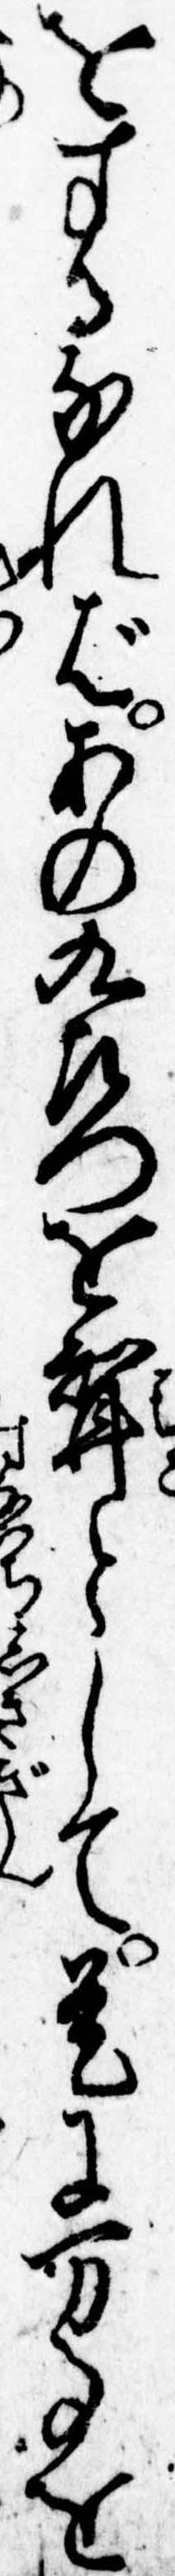
をするなればあの九左門を婿として是に万事を